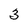
Character: 3